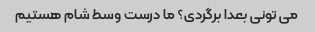
می تونی بعدا برگردی؟ ما درست وسط شام هستیم